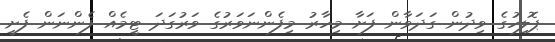
ޕޮލިހުގެ ވިދުން ގަދަވާން ފަށާ މިހާރު މިފެންނަވަރުގެ ވަރުގަދަ ޓީމެއް ފެންނަން ފެށީ